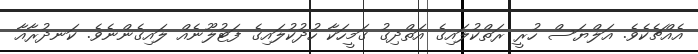
އެއްޗެކެވެ. އަލްޔަސް ހުރީ ރަތްކުލައިގެ އަތްދިގު ގަމީހަކާ ހުދުކުލައިގެ ފަޓުލޫނެއް ލައިގެންނެވެ. ކަނދުރާއާ